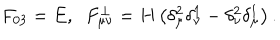
LaTeX: F _ { 0 3 } = E , \; \; F _ { \mu \nu } ^ { \perp } = H \left( \delta _ { \mu } ^ { 2 } \delta _ { \nu } ^ { 1 } - \delta _ { \nu } ^ { 2 } \delta _ { \mu } ^ { 1 } \right) .